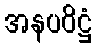
အနပဝိဋ္ဌံ